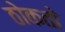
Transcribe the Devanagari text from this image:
ठोकतो